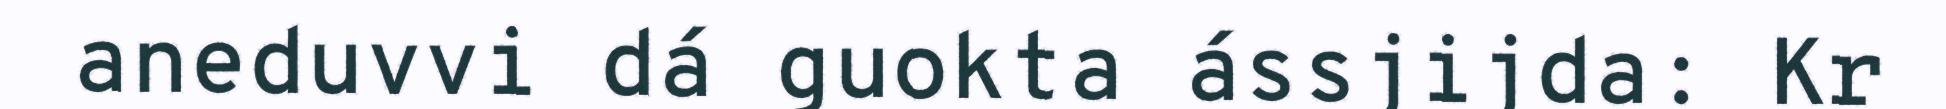
aneduvvi dá guokta ássjijda: Kr